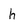
Character: h